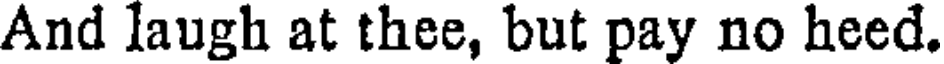
And laugh at thee, but pay no heed.